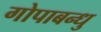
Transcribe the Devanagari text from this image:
गोपाबन्धु